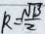
k = \frac { \sqrt { 1 3 } } { 2 }